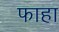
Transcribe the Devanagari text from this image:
फाहा